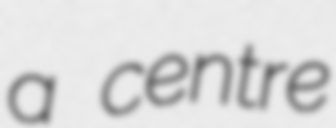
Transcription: a centre